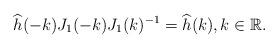
LaTeX: \begin{align*}\widehat{h}(-k)J_1(-k)J_1(k)^{-1}=\widehat{h}(k),k\in \mathbb{R}.\end{align*}